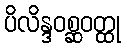
ပိလိန္ဒဝစ္ဆဝတ္ထု